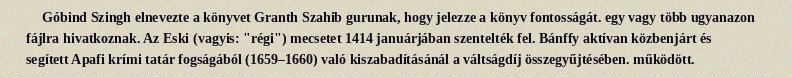
Góbind Szingh elnevezte a könyvet Granth Szahib gurunak, hogy jelezze a könyv fontosságát. egy vagy több ugyanazon fájlra hivatkoznak. Az Eski (vagyis: "régi") mecsetet 1414 januárjában szentelték fel. Bánffy aktívan közbenjárt és segített Apafi krími tatár fogságából (1659–1660) való kiszabadításánál a váltságdíj összegyűjtésében. működött.